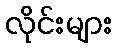
လိုင်းများ